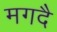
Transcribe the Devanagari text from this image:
मगदै